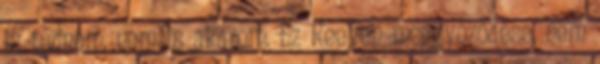
is tudnám, nem is akarom. Ez Reeven meggyőződése, nem